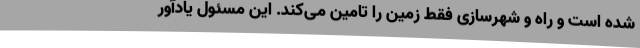
شده است و راه و شهرسازی فقط زمین را تامین می‌کند. این مسئول یادآور